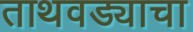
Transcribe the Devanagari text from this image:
ताथवड्याचा